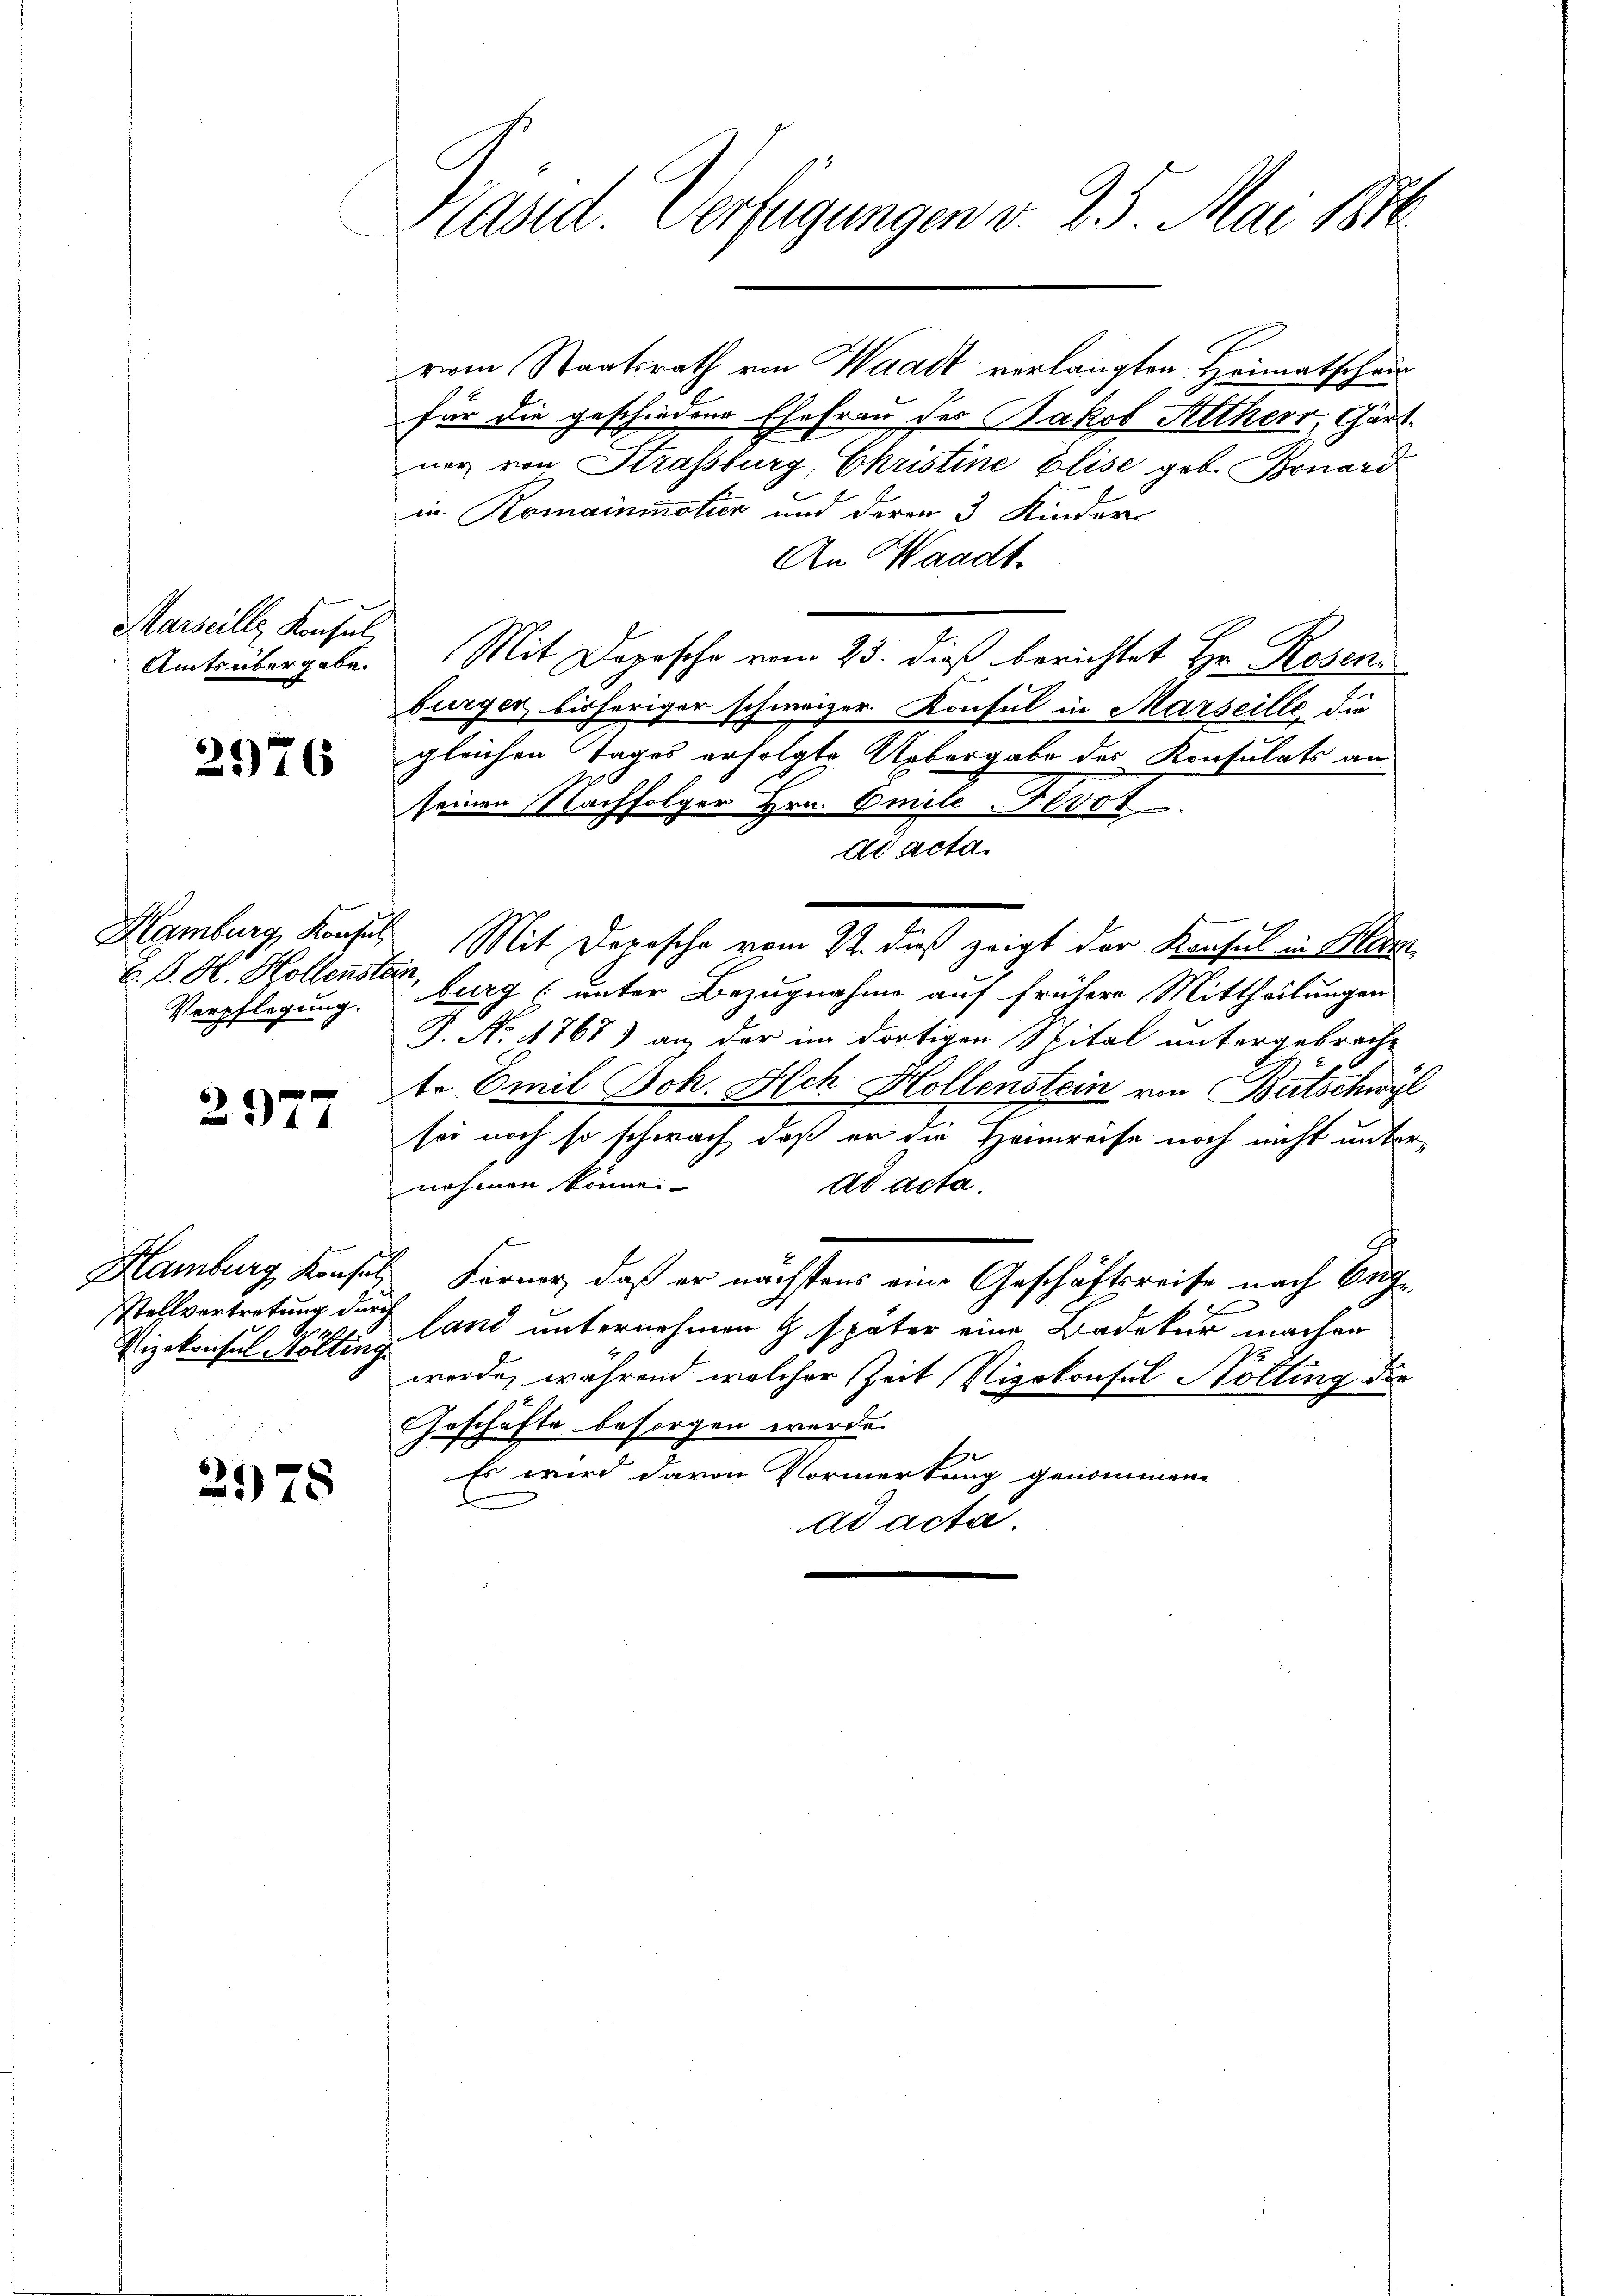
Amts übergebe.

2976

C. P. H. Hollenstein,
Verpflegung.

2977

stellvertretung durch
G.
Vizekonsul Höllen.

2978

Präsid. Verfügungen v. 25. Mai 1846

vom Staatsrath von Waadt verlangten Heimatschein
für die geschiedene Ehefrau des Jakob Altherr, Gärtner von Strassburg, Christine Elise geb. Bonard
in Romainmotier und deren 3 Kinder-
An Waadt.
Marzill, Kaisel, Mit Depesche vom 23. dieß berichtet Hr. Rosenburger, bisheriger schweizer Konsul in Marseille, die
gleichen Tages erfolgte Uebergabe des Konsulats an
seinen Nachfolger Hrn. Emile-Fevot
dd acta.
Hamburg, Konses Mit Depesche vom 22. dieß zeigt der Konsul in Mar
burg (unter Bezugnahme auf frühere Mittheilungen
J. No. 1768) an der im dortigen Spital untergebrach-
te Emil Joh. Ach Hollenstein von Bertschwyl
sei noch so schwach, daß er die Heimreise noch nicht unter-
nehmen könne.
ad acta.
Hamburg, Konsul Ferner, daß er nächstens eine Geschäftsreise nach England unternehmen & später eine Kadetur machen
werde, während welcher Zeit Vizekonsul Nölting die
Geschäfte besorgen werde.
Es wird davon Vormerkung genommene
ad acta.